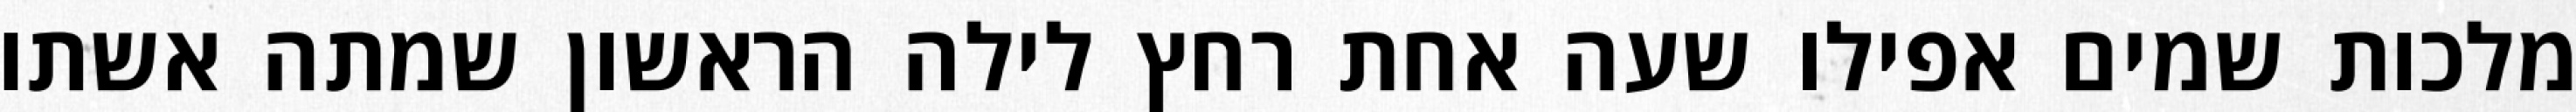
מלכות שמים אפילו שעה אחת רחץ לילה הראשון שמתה אשתו